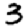
Digit: 3